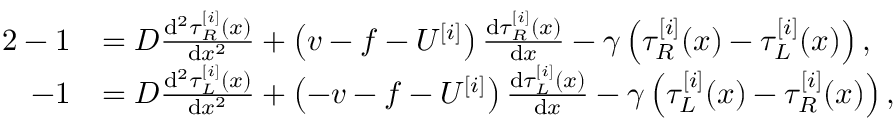
\begin{array} { r l } { { 2 } - 1 } & { = D \frac { \mathrm { d } ^ { 2 } \tau _ { R } ^ { [ i ] } ( x ) } { \mathrm { d } x ^ { 2 } } + \left( v - f - U ^ { [ i ] } \right) \frac { \mathrm { d } \tau _ { R } ^ { [ i ] } ( x ) } { \mathrm { d } x } - \gamma \left( \tau _ { R } ^ { [ i ] } ( x ) - \tau _ { L } ^ { [ i ] } ( x ) \right) , } \\ { - 1 } & { = D \frac { \mathrm { d } ^ { 2 } \tau _ { L } ^ { [ i ] } ( x ) } { \mathrm { d } x ^ { 2 } } + \left( - v - f - U ^ { [ i ] } \right) \frac { \mathrm { d } \tau _ { L } ^ { [ i ] } ( x ) } { \mathrm { d } x } - \gamma \left( \tau _ { L } ^ { [ i ] } ( x ) - \tau _ { R } ^ { [ i ] } ( x ) \right) , } \end{array}